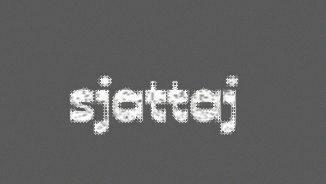
sjattaj